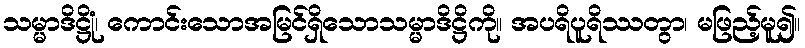
သမ္မာဒိဋ္ဌိုံ၊ ကောင်းသောအမြင်ရှိသောသမ္မာဒိဋ္ဌိကို။ အပရိပူရိဿတွာ၊ မဖြည့်မူ၍။